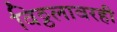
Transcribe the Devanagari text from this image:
विठ्ठलावरही